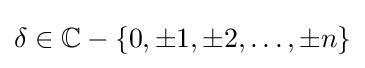
\delta \in \mathbb {C} -\{0,\pm 1,\pm 2,\dots ,\pm n\}